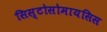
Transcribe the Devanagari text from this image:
सिस्टोसोमायसिस